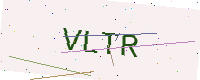
Text: VLTR